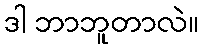
ဒါ ဘာဘူတာလဲ။